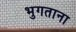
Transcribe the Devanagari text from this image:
भुगताना